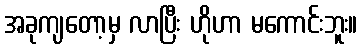
အခုကျတော့မှ လာပြီး ဟိုဟာ မကောင်းဘူး။